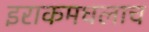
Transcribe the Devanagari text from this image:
इराकमधलाच